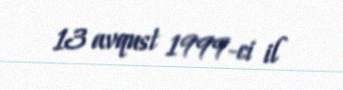
13 avqust 1999-ci il